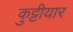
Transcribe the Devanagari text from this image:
कुट्टीयार